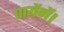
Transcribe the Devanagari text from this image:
पायेंगें।